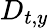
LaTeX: D_{t,y}